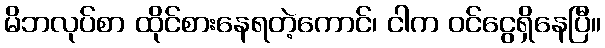
မိဘလုပ်စာ ထိုင်စားနေရတဲ့ကောင်၊ ငါက ဝင်ငွေရှိနေပြီ။